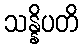
သန္နိပတိ